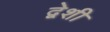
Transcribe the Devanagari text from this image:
द्वेशी